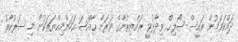
ދައްކަވަމުން ރައީސް ޞޯލިޙް ވިދާޅުވީ ރައްޔިތުންގެ ވަރަށް ޙާއްޞަ އަހަންމިއްޔަތަކުން މި ސަރުކާރު